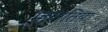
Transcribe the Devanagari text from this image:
म्हणतिया